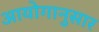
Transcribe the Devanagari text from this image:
आयोगानुसार